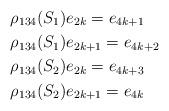
LaTeX: \begin{align*}&\rho_{134}(S_1)e_{2k}=e_{4k+1}\\&\rho_{134}(S_1)e_{2k+1}=e_{4k+2}\\&\rho_{134}(S_2)e_{2k}=e_{4k+3}\\&\rho_{134}(S_2)e_{2k+1}=e_{4k}\end{align*}